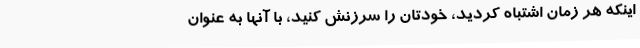
اینکه هر زمان اشتباه کردید، خودتان را سرزنش کنید، با آنها به عنوان